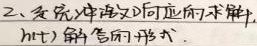
2、系统冲激响应的求解
$h(t)$ 解的形式.